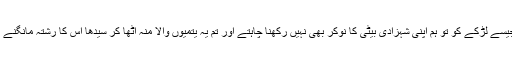
تمھارے جیسے لڑکے کو تو ہم اپنی شہزادی بیٹی کا نوکر بھی نہیں رکھنا چاہتے اور تم یہ یتمیوں والا منہ اٹھا کر سیدھا اس کا رشتہ مانگنے ہی آ گئے۔